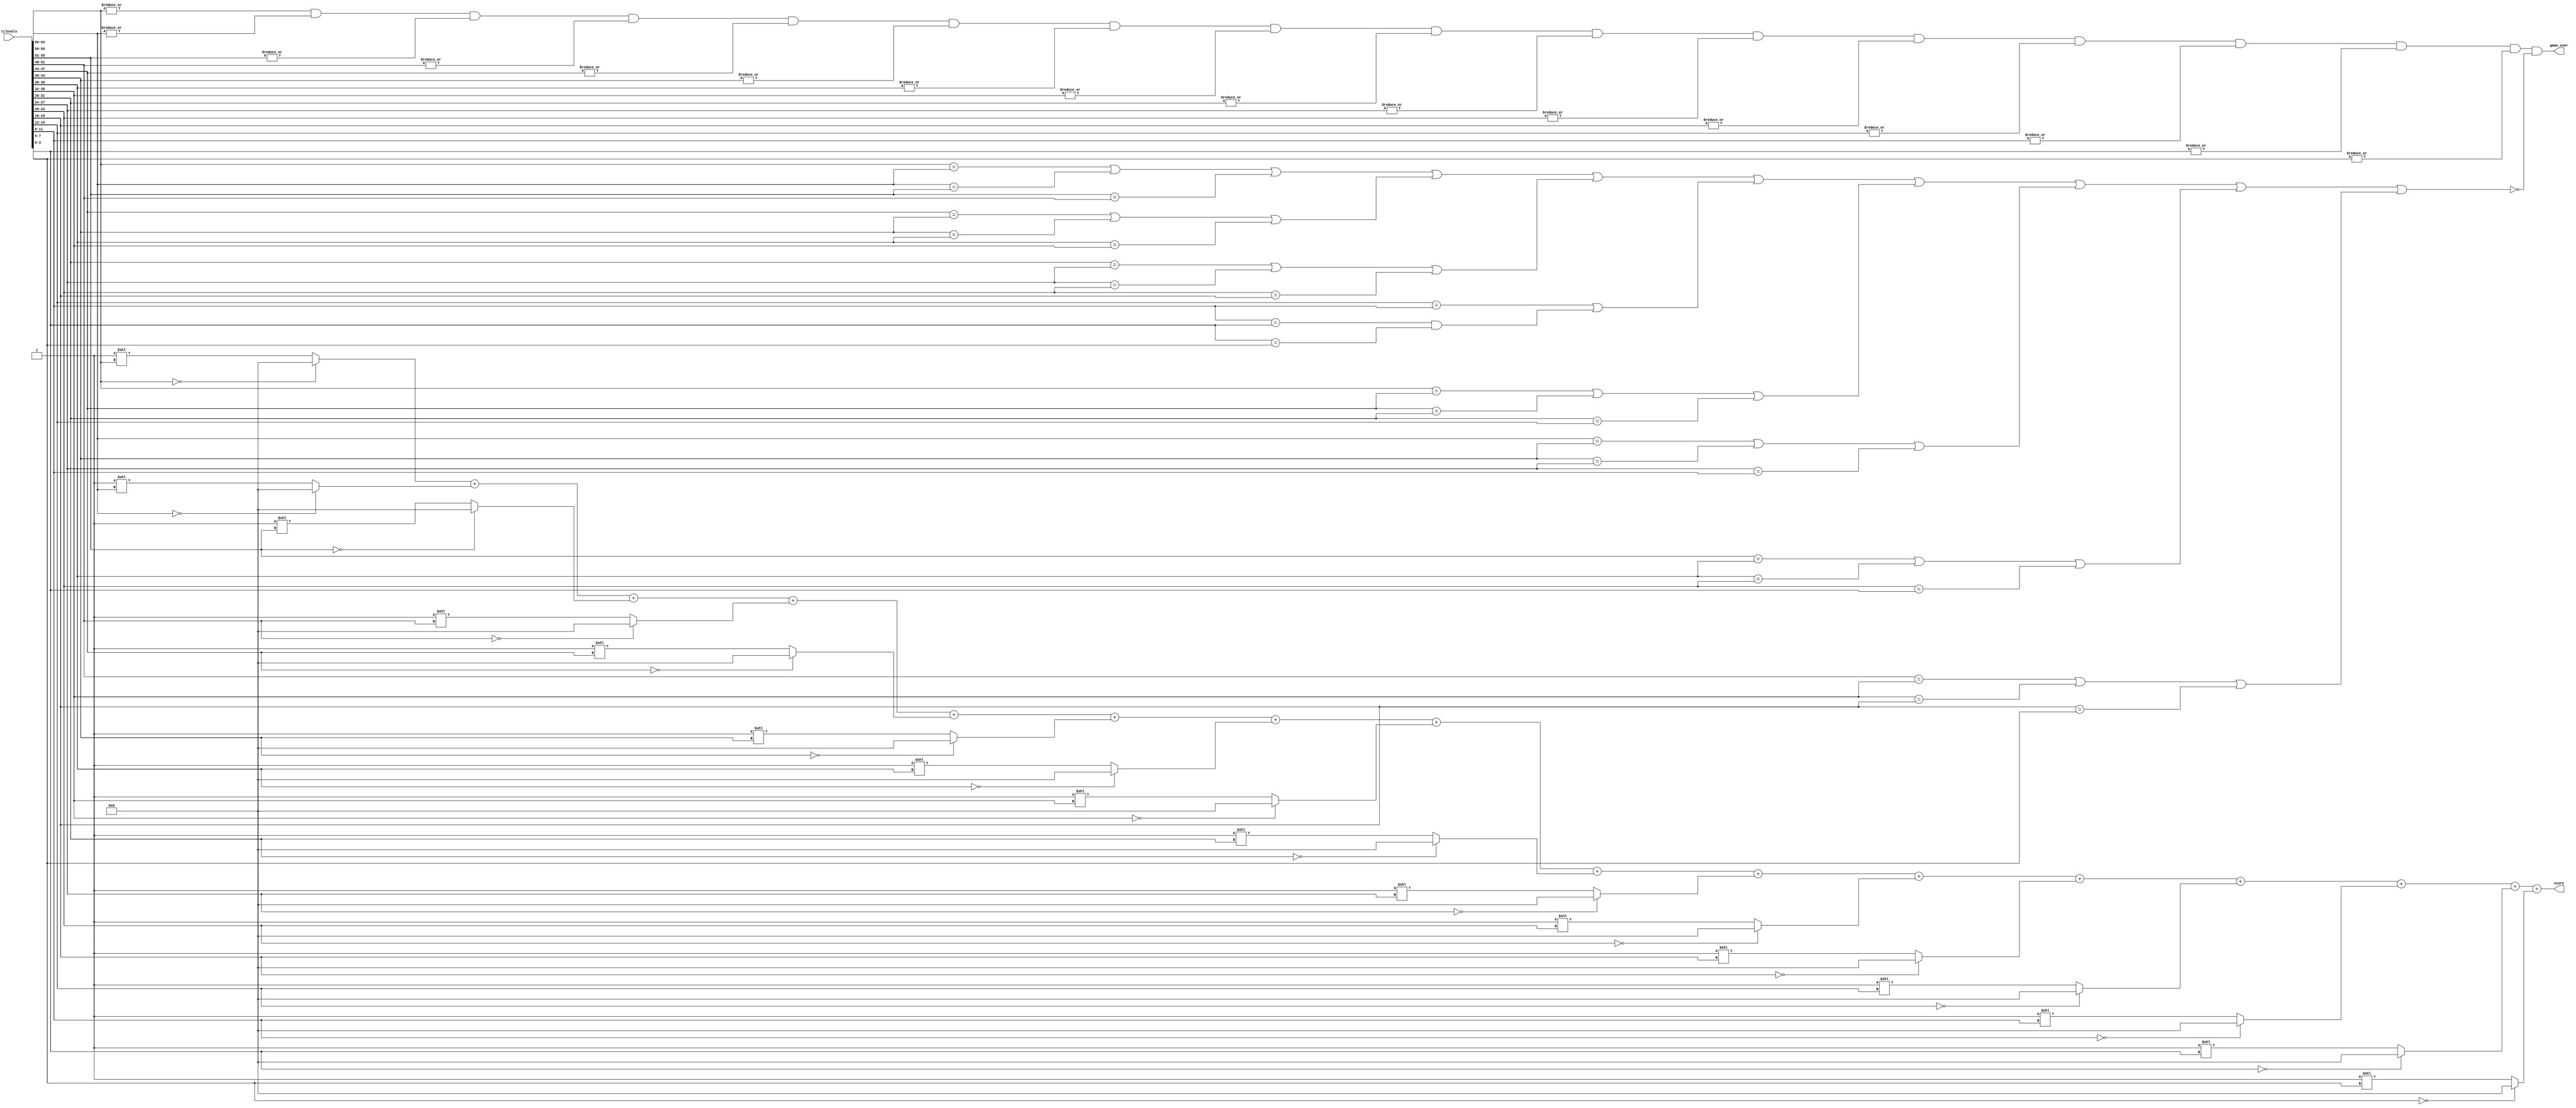
// Performs logic to comput game state and update signals

module gamestate(
    input [63:0] tilevals,
    output wire [15:0] score,
    output wire game_over       // Says is game is in finished state
);

    wire tiles_full;
    wire r1, r2, r3, r4;
    wire c1, c2, c3, c4;


    // Game is over if every tile is filled
    assign tiles_full = |tilevals[63:60] & |tilevals[59:56] & |tilevals[55:52] & |tilevals[51:48] &
                       |tilevals[47:44] & |tilevals[43:40] & |tilevals[39:36] & |tilevals[35:32] &
                       |tilevals[31:28] & |tilevals[27:24] & |tilevals[23:20] & |tilevals[19:16] &
                       |tilevals[15:12] & |tilevals[11:8] & |tilevals[7:4] & |tilevals[3:0];
    // Check if rows have no same adjacent tiles
    // each thing is true if there is a pair that has a match to be made
    assign r1 = (tilevals[63:60] == tilevals[59:56]) || (tilevals[59:56] == tilevals[55:52]) || (tilevals[55:52] == tilevals[51:48]);
    assign r2 = (tilevals[47:44] == tilevals[43:40]) || (tilevals[43:40] == tilevals[39:36]) || (tilevals[39:36] == tilevals[35:32]);
    assign r3 = (tilevals[31:28] == tilevals[27:24]) || (tilevals[27:24] == tilevals[23:20]) || (tilevals[23:20] == tilevals[19:16]);
    assign r4 = (tilevals[15:12] == tilevals[11:8]) || (tilevals[11:8] == tilevals[7:4]) && (tilevals[7:4] == tilevals[3:0]);
    // Check if columns have no same adjacent tiles
    assign c1 = (tilevals[63:60] == tilevals[47:44]) || (tilevals[47:44] == tilevals[31:28]) || (tilevals[31:28] == tilevals[15:12]);
    assign c2 = (tilevals[59:56] == tilevals[43:40]) || (tilevals[43:40] == tilevals[27:24]) || (tilevals[27:24] == tilevals[11:8]);
    assign c3 = (tilevals[55:52] == tilevals[39:36]) || (tilevals[39:36] == tilevals[23:20]) || (tilevals[23:20] == tilevals[7:4]);
    assign c4 = (tilevals[51:48] == tilevals[35:32]) || (tilevals[35:32] == tilevals[19:16]) || (tilevals[19:16] == tilevals[3:0]);

    assign game_over = tiles_full & ~(r1 | r2 | r3 | r4 | c1 | c2 | c3 | c4);

    assign score = (tilevals[63:60] == 0 ? 0 : 16'd1 << tilevals[63:60])
                   + (tilevals[59:56] == 0 ? 0 : 16'd1 << tilevals[59:56])
                   + (tilevals[55:52] == 0 ? 0 : 16'd1 << tilevals[55:52])
                   + (tilevals[51:48] == 0 ? 0 : 16'd1 << tilevals[51:48])
                   + (tilevals[47:44] == 0 ? 0 : 16'd1 << tilevals[47:44])
                   + (tilevals[43:40] == 0 ? 0 : 16'd1 << tilevals[43:40])
                   + (tilevals[39:36] == 0 ? 0 : 16'd1 << tilevals[39:36])
                   + (tilevals[35:32] == 0 ? 0 : 16'd1 << tilevals[35:32])
                   + (tilevals[31:28] == 0 ? 0 : 16'd1 << tilevals[31:28])
                   + (tilevals[27:24] == 0 ? 0 : 16'd1 << tilevals[27:24])
                   + (tilevals[23:20] == 0 ? 0 : 16'd1 << tilevals[23:20])
                   + (tilevals[19:16] == 0 ? 0 : 16'd1 << tilevals[19:16])
                   + (tilevals[15:12] == 0 ? 0 : 16'd1 << tilevals[15:12])
                   + (tilevals[11:8] == 0 ? 0 : 16'd1 << tilevals[11:8])
                   + (tilevals[7:4] == 0 ? 0 : 16'd1 << tilevals[7:4])
                   + (tilevals[3:0] == 0 ? 0 : 16'd1 << tilevals[3:0]);

endmodule